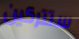
ستتركين